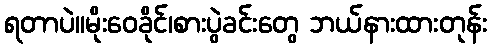
ရတာပဲ။မိုးဝေခိုင်၊စားပွဲခင်းတွေ ဘယ်နားထားတုန်း